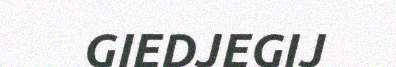
GIEDJEGIJ